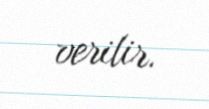
verilir.